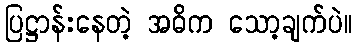
ပြဋ္ဌာန်းနေတဲ့ အဓိက သော့ချက်ပဲ။